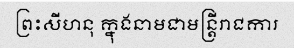
ព្រះសីហនុ ក្នុងនាមជាមន្ត្រីរាជការ